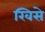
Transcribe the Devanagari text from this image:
खिसे